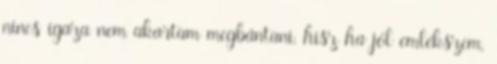
nincs igaza nem akartam megbántani, hisz ha jól emlékszem,